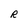
Character: R